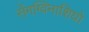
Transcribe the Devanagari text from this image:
सेंगग्विनाशियो